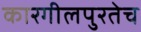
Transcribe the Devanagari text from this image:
कारगीलपुरतेच